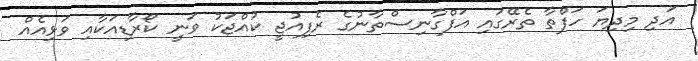
އަދި މިދިޔަ ހަފްތާ ތެރޭގައި އަފްގާނިސްތާނުގެ ރެފިއުޖީ ކުއްޖަކު ވަނީ ކޯރާޑިއަކާއި ވަޅިއެއް